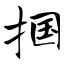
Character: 掴